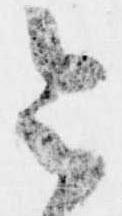
令